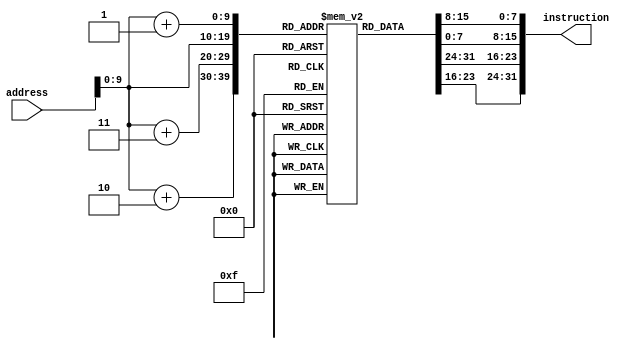
module InstructionMemory (
    input wire [31:0] address,
    output wire [31:0] instruction
);
    reg [7:0] memory [0:1023]; 
    integer i;
initial begin
    // Reset memory to initial state
    for (i = 0; i < 1024; i = i + 1) begin
        memory[i] = 8'b0;
    end
    // Add
    memory[0] <= 8'h33; 
    memory[1] <= 8'h84;
    memory[2] <= 8'h62;
    memory[3] <= 8'h00;

    // LW
    memory[4] <= 8'h83; 
    memory[5] <= 8'h24;
    memory[6] <= 8'h84;
    memory[7] <= 8'h00;

    // or
    memory[8] <= 8'h33; 
    memory[9] <= 8'hEE;
    memory[10] <= 8'h54;
    memory[11] <= 8'h00;

    //and
    memory[12] <= 8'hB3; 
    memory[13] <= 8'hFE;
    memory[14] <= 8'h64;
    memory[15] <= 8'h00;

    //sll
    memory[16] <= 8'h33; 
    memory[17] <= 8'h92;
    memory[18] <= 8'h62;
    memory[19] <= 8'h00;

    //addi
    memory[20] <= 8'h93;
    memory[21] <= 8'h82;
    memory[22] <= 8'h12;
    memory[23] <= 8'h00;
    
    //beq
    memory[24] <= 8'h63;
    memory[25] <= 8'h8F;
    memory[26] <= 8'h62;
    memory[27] <= 8'h00;

    // sub
    memory[28] <= 8'h33;
    memory[29] <= 8'h03;
    memory[30] <= 8'h44;
    memory[31] <= 8'h40;

    //xor
    memory[32] <= 8'hA3;
    memory[33] <= 8'h4F;
    memory[34] <= 8'hC4;
    memory[35] <= 8'h01;

    //or
    memory[36] <= 8'h23;
    memory[37] <= 8'hEF;
    memory[38] <= 8'h82;
    memory[39] <= 8'h00;

    //sub
    memory[54] <= 8'h33;
    memory[55] <= 8'h03;
    memory[56] <= 8'h44;
    memory[57] <= 8'h40;

    //xor
    memory[58] <= 8'hA3;
    memory[59] <= 8'h4F;
    memory[60] <= 8'hC4;
    memory[61] <= 8'h01;

    //SW
    memory[62] <= 8'h23;
    memory[63] <= 8'h20;
    memory[64] <= 8'h04;
    memory[65] <= 8'h00;

    //jal
    memory[66] <= 8'h6F;
    memory[67] <= 8'hF8;
    memory[68] <= 8'hFF;
    memory[69] <= 8'hFB;
end


        assign instruction[7:0] = memory[address];
        assign instruction[15:8] = memory[address+1];
        assign instruction[23:16] = memory[address+2];
        assign instruction[31:24] = memory[address+3];

endmodule